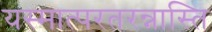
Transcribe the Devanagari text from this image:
यस्मात्परतरन्नास्ति